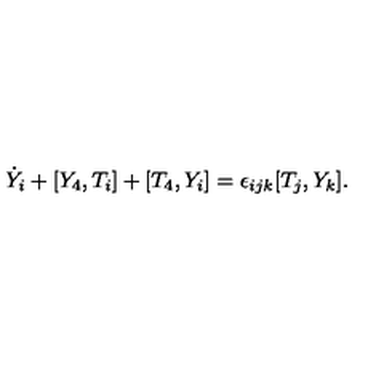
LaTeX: \dot { Y } _ { i } + [ Y _ { 4 } , T _ { i } ] + [ T _ { 4 } , Y _ { i } ] = \epsilon _ { i j k } [ T _ { j } , Y _ { k } ] .